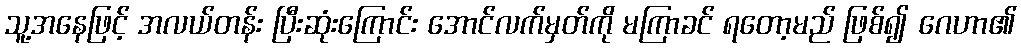
သူ့အနေဖြင့် အလယ်တန်း ပြီးဆုံးကြောင်း အောင်လက်မှတ်ကို မကြာခင် ရတော့မည် ဖြစ်၍ ဂေဟာ၏